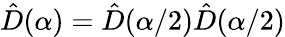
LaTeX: \hat{D}(\alpha)=\hat{D}(\alpha/2)\hat{D}(\alpha/2)